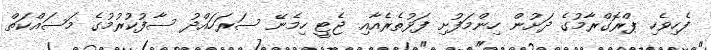
ފެހިވެހި ޕްރޮގްރާމުގެ ދަށުން ހިންމަފުށި ފަޅުތެރެއާއި ޖެޓީ ހިމެނޭ ސަރަހައްދު ސާފުކުރުމުގެ މަސައްކަތް